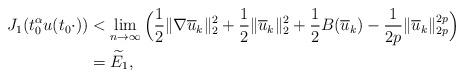
LaTeX: \begin{align*}J_{1}(t_{0}^{\alpha}u(t_{0}\cdot))&<\mathop{\lim}\limits_{n\rightarrow\infty}\Big(\frac{1}{2}\|\nabla\overline{u}_{k}\|_{2}^{2}+\frac{1}{2}\|\overline{u}_{k}\|_{2}^{2}+\frac{1}{2}B(\overline{u}_{k})-\frac{1}{2p}\|\overline{u}_{k}\|_{2p}^{2p}\Big)\\&=\widetilde{E}_{1},\end{align*}